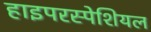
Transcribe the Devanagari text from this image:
हाइपरस्पेशियल